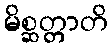
မိစ္ဆတ္တာတိ